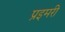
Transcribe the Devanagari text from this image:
प्रइमरी